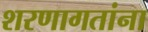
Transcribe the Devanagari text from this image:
शरणागतांना